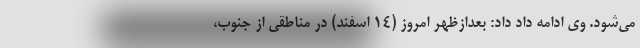
می‌شود. وی ادامه داد داد: بعدازظهر امروز (۱۴ اسفند) در مناطقی از جنوب،